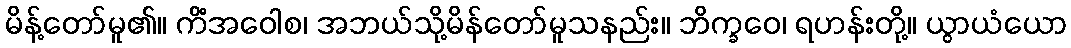
မိန့်တော်မူ၏။ ကိံအဝေါစ၊ အဘယ်သို့မိန်တော်မူသနည်း။ ဘိက္ခဝေ၊ ရဟန်းတို့။ ယွာယံယော